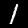
Digit: 1